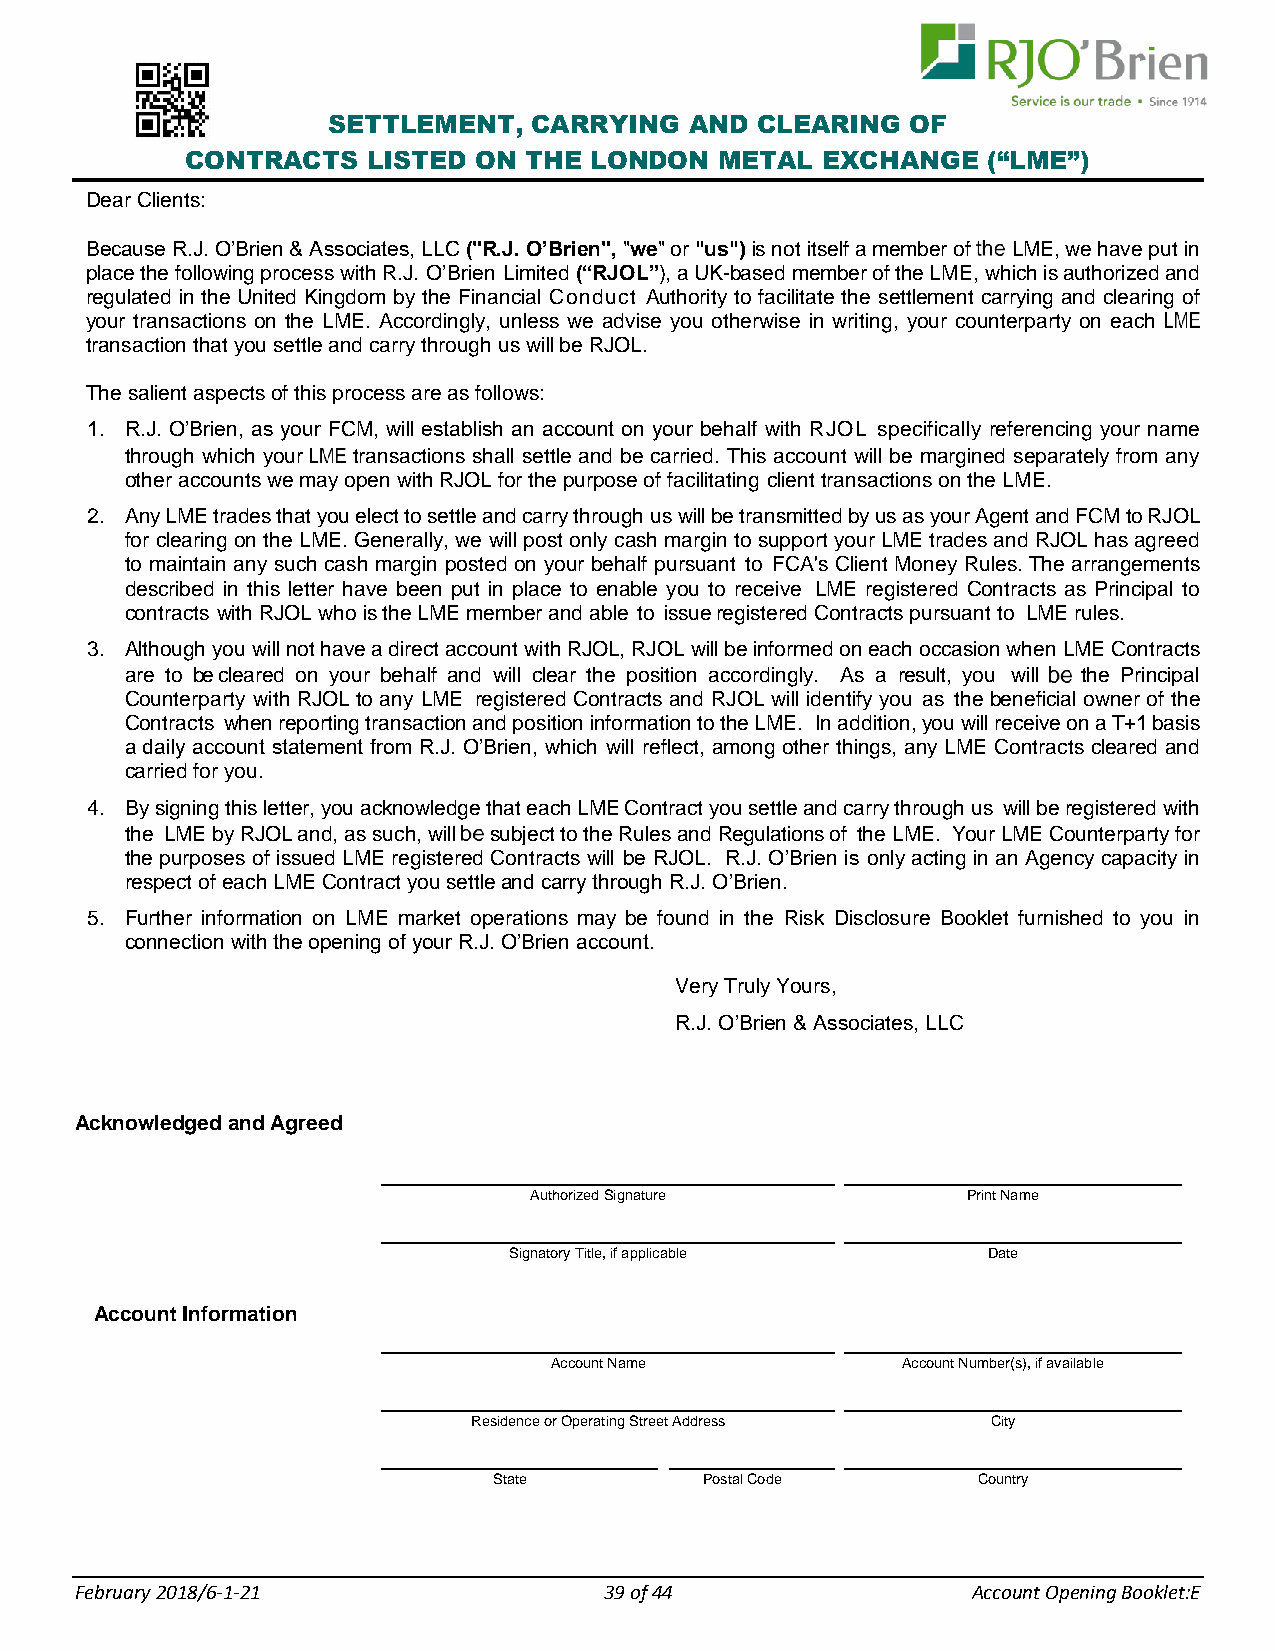
SETTLEMENT,  CARRYING   AND CLEARING  OF
 CONTRACTS   LISTED ON  THE LONDON   METAL EXCHANGE   (“LME”)
 Dear Clients:
 Because R.J. O’Brien & Associates, LLC ("R.J. O’Brien", "we" or "us") is not itself a member of LME, we have put in
 place the following process with R.J. O’Brien Limited (“RJOL”), a UK-based member of the LME, which is authorized and
 regulated in the United Kingdom by the Financial Conduct Authority to facilitate the settlement carrying and clearing of
 your transactions on the LME. Accordingly, unless we advise you otherwise in writing, your counterparty on each
 transaction that you settle and carry through us will be RJOL.
 The salient aspects of this process are as follows:
 1. R.J. O’Brien, as your FCM, will establish an account on your behalf with RJOL specifically referencing your name
 through which your transactions shall settle and be carried. This account will be margined separately from any
 other accounts we may open with RJOL for the purpose of facilitating client transactions on the LME.
 2. Any LME trades that you elect to settle and carry through us will be transmitted by us as your Agent and FCM to RJOL
 for clearing on the LME. Generally, we will post only cash margin to support your LME trades and RJOL has agreed
 to maintain any such cash margin posted on your behalf pursuant to FCA's Client Money Rules. The arrangements
 described in this letter have been put in place to enable you to receive LME registered Contracts as Principal to
 contracts with RJOL who is the LME member and able to issue registered Contracts pursuant to LME rules.
 3. Although you will not have a direct account with RJOL, RJOL will be informed on each occasion when LME Contracts
 are to be cleared on your behalf and will clear the position accordingly. As a result, you will the Principal
 Counterparty with RJOL to any LME registered Contracts and RJOL will identify you as the beneficial owner of the
 Contracts when reporting transaction and position information to the LME. In addition, you will receive on a T+1 basis
 a daily account statement from R.J. O’Brien, which will reflect, among other things, any LME Contracts cleared and
 carried for you.
 4. By signing this letter, you acknowledge that each LME Contract you settle and carry through us will be registered with
 the LME by RJOL and, as such, will subject to the Rules and Regulations of the LME. Your LME Counterparty for
 the purposes of issued LME registered Contracts will be RJOL. R.J. O’Brien is only acting in an Agency capacity in
 respect of each LME Contract you settle and carry through R.J. O’Brien.
 5. Further information on LME market operations may be found in the Risk Disclosure Booklet furnished to you in
 connection with the opening of your R.J. O’Brien account.
 Very Truly Yours,
 R.J. O’Brien & Associates, LLC
 Acknowledged and Agreed
 Authorized Signature         Print Name
 Signatory Title, if applicable Date
 Account Information
 Account Name            Account Number(s), if available
 Residence or Operating Street Address City
 State         Postal Code       Country
 F ebruary 2018/6-1-21              39 of 44                Account Opening Booklet:E